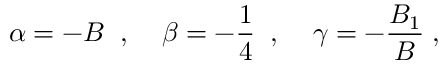
\alpha = - B \; \; , \; \; \; \; \beta = - \frac { 1 } { 4 } \; \; , \; \; \; \; \gamma = - \frac { B _ { 1 } } { B } \; ,